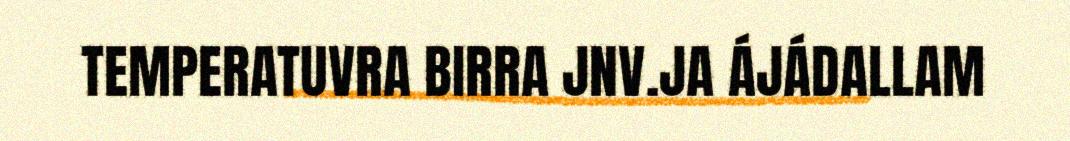
TEMPERATUVRA BIRRA JNV.JA ÁJÁDALLAM